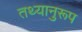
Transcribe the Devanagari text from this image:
तथ्यानुरूप